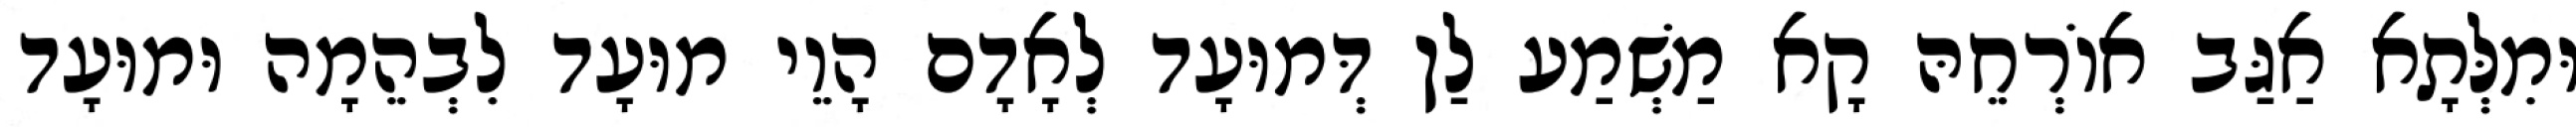
וּמִלְּתָא אַגַּב אוֹרְחֵהּ קָא מַשְׁמַע לַן דְּמוּעָד לְאָדָם הָוֵי מוּעָד לִבְהֵמָה וּמוּעָד